Civil Veterinary Department ledger series I-VI
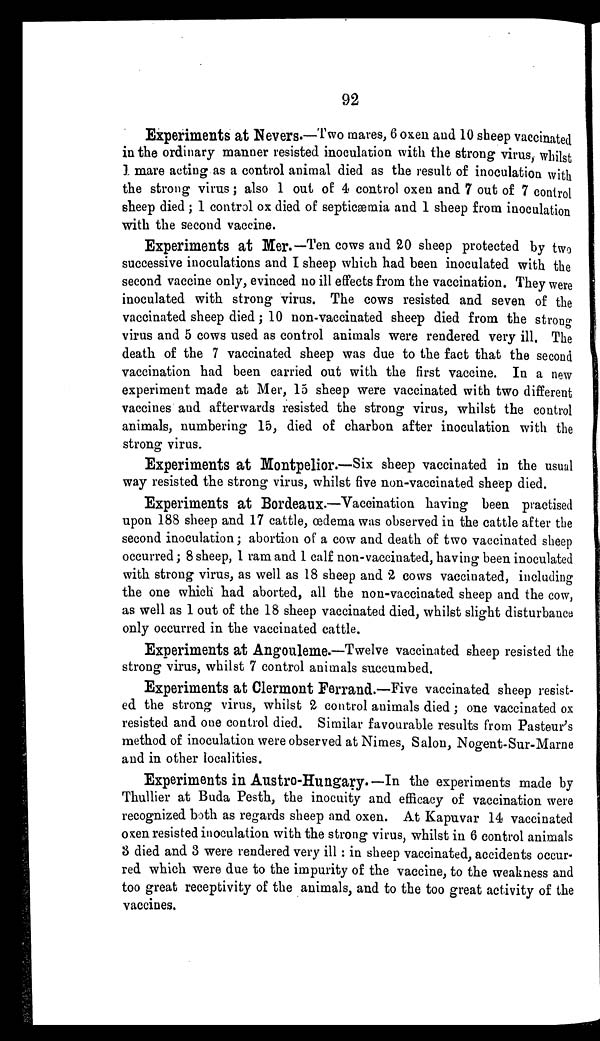
92
Experiments at Nevers.—Two mares, 6 oxen and 10 sheep vaccinated
in the ordinary manner resisted inoculation with the strong virus, whilst
1 mare acting as a control animal died as the result of inoculation with
the strong virus; also 1 out of 4 control oxen and 7 out of 7 control
sheep died; 1 control ox died of septicæmia and 1 sheep from inoculation
with the second vaccine.
Experiments at Mer.—Ten cows and 20 sheep protected by two
successive inoculations and I sheep which had been inoculated with the
second vaccine only, evinced no ill effects from the vaccination. They were
inoculated with strong virus. The cows resisted and seven of the
vaccinated sheep died; 10 non-vaccinated sheep died from the strong
virus and 5 cows used as control animals were rendered very ill. The
death of the 7 vaccinated sheep was due to the fact that the second
vaccination had been carried out with the first vaccine. In a new
experiment made at Mer, 15 sheep were vaccinated with two different
vaccines and afterwards resisted the strong virus, whilst the control
animals, numbering 15, died of charbon after inoculation with the
strong virus.
Experiments at Montpelior.—Six sheep vaccinated in the usual
way resisted the strong virus, whilst five non-vaccinated sheep died.
Experiments at Bordeaux-—Vaccination having been practised
upon 188 sheep and 17 cattle, œdema was observed in the cattle after the
second inoculation; abortion of a cow and death of two vaccinated sheep
occurred; 8 sheep, 1 ram and 1 calf non-vaccinated, having been inoculated
with strong virus, as well as 18 sheep and 2 cows vaccinated, including
the one which had aborted, all the non-vaccinated sheep and the cow,
as well as 1 out of the 18 sheep vaccinated died, whilst slight disturbance
only occurred in the vaccinated cattle.
Experiments at Angouleme.—Twelve vaccinated sheep resisted the
strong virus, whilst 7 control animals succumbed.
Experiments at Clermont Ferrand.—Five vaccinated sheep resist-
ed the strong virus, whilst 2 control animals died; one vaccinated ox
resisted and one control died. Similar favourable results from Pasteur's
method of inoculation were observed at Nimes, Salon, Nogent-Sur-Marne
and in other localities.
Experiments in Austro-Hungary.—In the experiments made by
Thullier at Buda Pesth, the inocuity and efficacy of vaccination were
recognized both as regards sheep and oxen. At Kapuvar 14 vaccinated
oxen resisted inoculation with the strong virus, whilst in 6 control animals
3 died and 3 were rendered very ill : in sheep vaccinated, accidents occur-
red which were due to the impurity of the vaccine, to the weakness and
too great receptivity of the animals, and to the too great activity of the
vaccines.